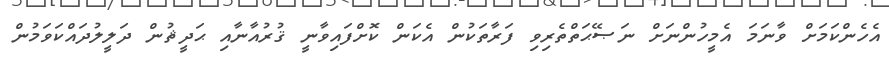
އެހެންކަމަށް ވާނަމަ އެމީހުންނަށް ނަޞޭޙަތްތެރިވި ފަރާތަކުން އެކަން ކޮށްފައިވާނީ ޤުރުއާނާއި ޙަދީޘުން ދަލީލުދައްކަވަމުން